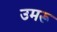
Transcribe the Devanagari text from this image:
उमरू